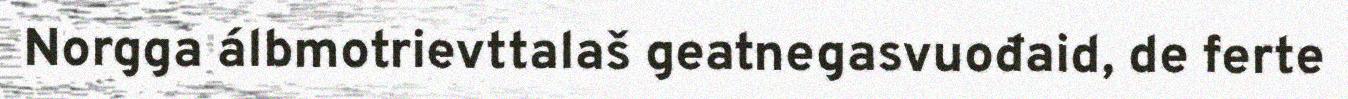
Norgga álbmotrievttalaš geatnegasvuođaid, de ferte